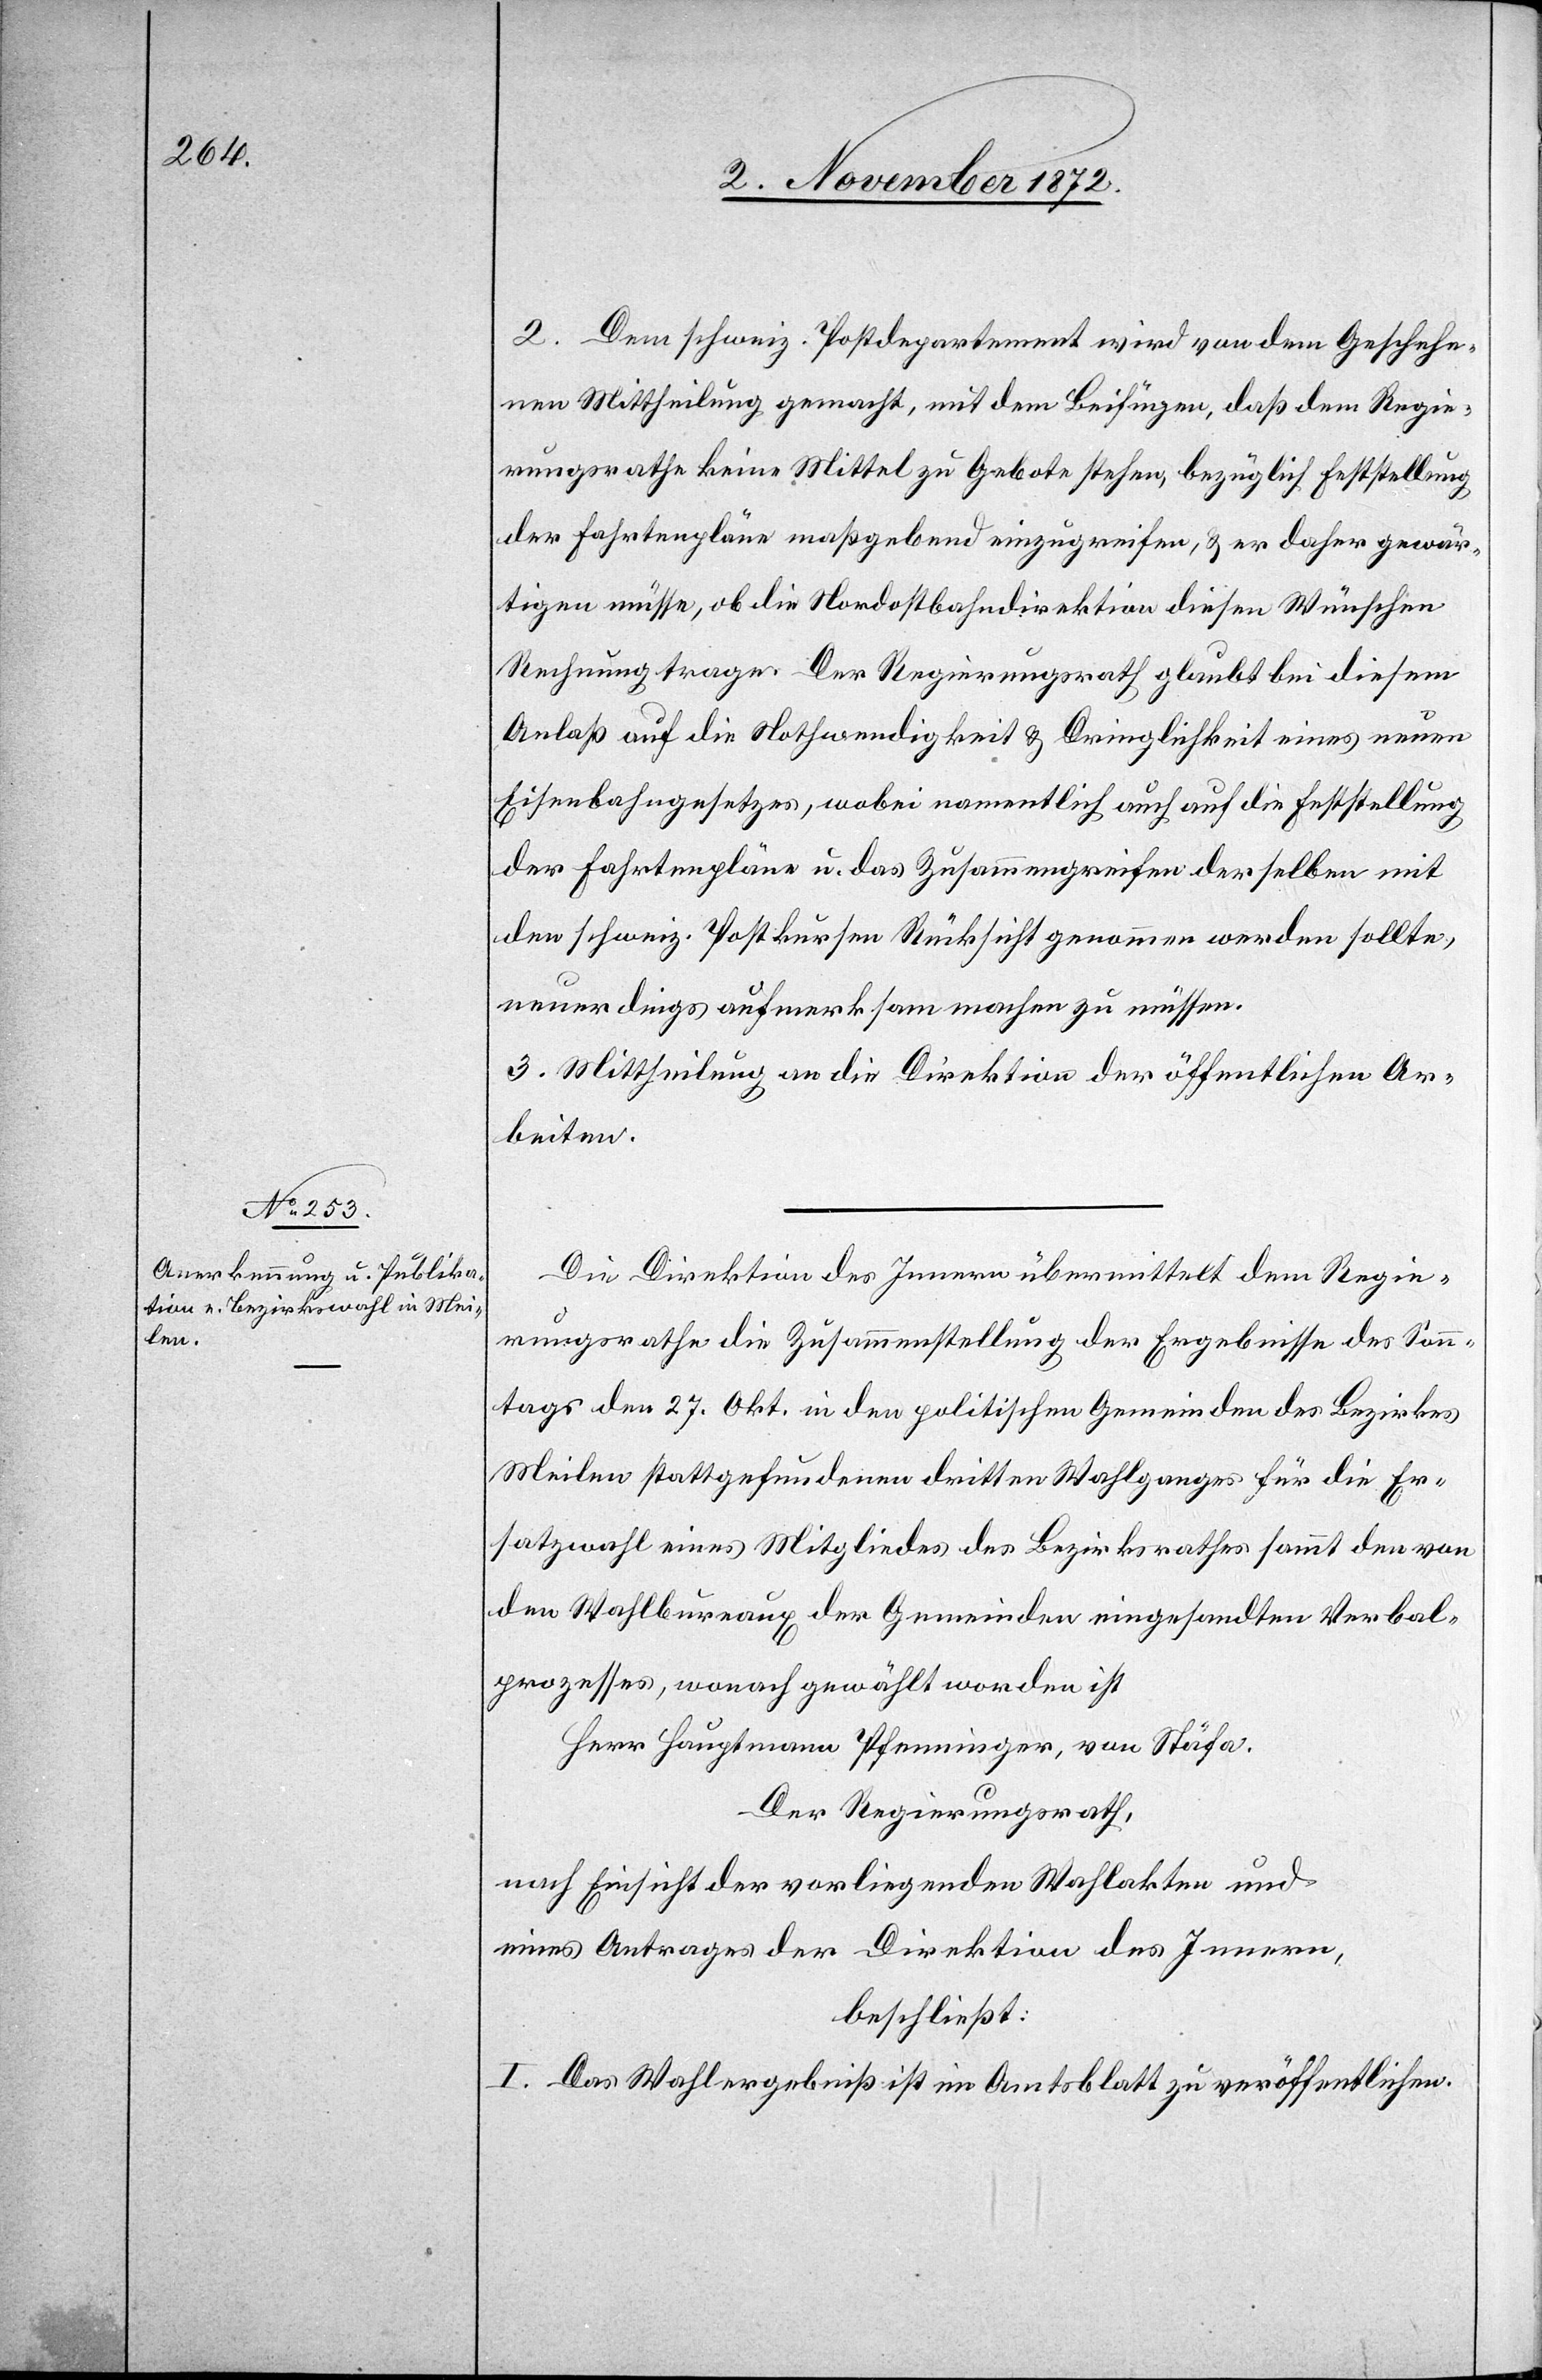
2. Dem schweiz. Postdepartement wird von dem Geschehe¬
nen Mittheilung gemacht, mit dem Beifügen, daß dem Regie¬
rungsrathe keine Mittel zu Gebote stehen, bezüglich Feststellung
der Fahrtenpläne maßgebend einzugreifen, u. er daher gewär¬
tigen müsse, ob die Nordostbahndirektion diesen Wünschen
Rechnung trage. Der Regierungsrath glaubt bei diesem
Anlaß auf die Nothwendigkeit u. Dringlichkeit eines neuen
Eisenbahngesetzes, wobei namentlich auch auf die Feststellung
der Fahrtenpläne u. das Zusammengreifen derselben mit
den schweiz. Postkursen Rücksicht genommen werden sollte,
neuerdings aufmerksam machen zu müssen.
3. Mittheilung an die Direktion der öffentlichen Ar¬
beiten.
Die Direktion des Innern übermittelt dem Regie¬
rungsrathe die Zusammenstellung der Ergebnisse des Sonn¬
tags den 27. Okt. in den politischen Gemeinden des Bezirkes
Meilen stattgefundenen dritten Wahlganges für die Er¬
satzwahl eines Mitgliedes des Bezirksrathes sammt den von
den Wahlbureaux der Gemeinden eingesandten Verbal¬
prozessen, wonach gewählt worden ist
Herr Hauptmann Pfenninger, von Stäfa.
Der Regierungsrath,
nach Einsicht der vorliegenden Wahlakten und
eines Antrages der Direktion des Innern,
beschließt:
I. Das Wahlergebniß ist im Amtsblatt zu veröffentlichen.